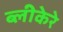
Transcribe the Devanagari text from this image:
ब्लीकेरे